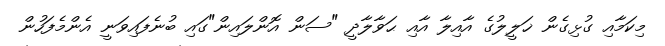
މިކަމާއި ގުޅިގެން ޚަލީލުގެ އާއިލާ އާއި ޙަވާލާދީ "ސަން އޮންލައިން"ގައި ބުނެފައިވަނީ އެންމެފަހުން